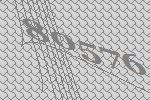
80576